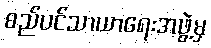
စည်ပင်သာယာရေးအဖွဲ့မှ